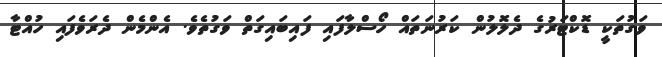
ވަގުތަކީ ޑޮކްޓަރުގެ ދެލޮލުން ކަރުނަތައް ހޯސްލާފައި ފައިބައިގަތް ވަގުތެވެ. އެންމެން ދެރަވެފައި ހުއްޓާ